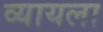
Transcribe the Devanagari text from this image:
व्यायला